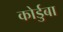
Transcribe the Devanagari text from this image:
कोर्डुबा